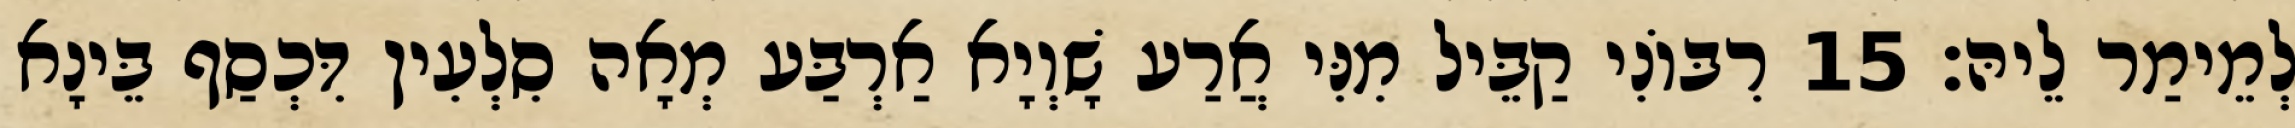
לְמֵימַר לֵיהּ׃ 15 רִבּוֹנִי קַבֵּיל מִנִּי אֲרַע שָׁוְיָא אַרְבַּע מְאָה סִלְעִין דִּכְסַף בֵּינָא